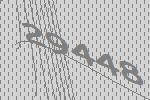
29448